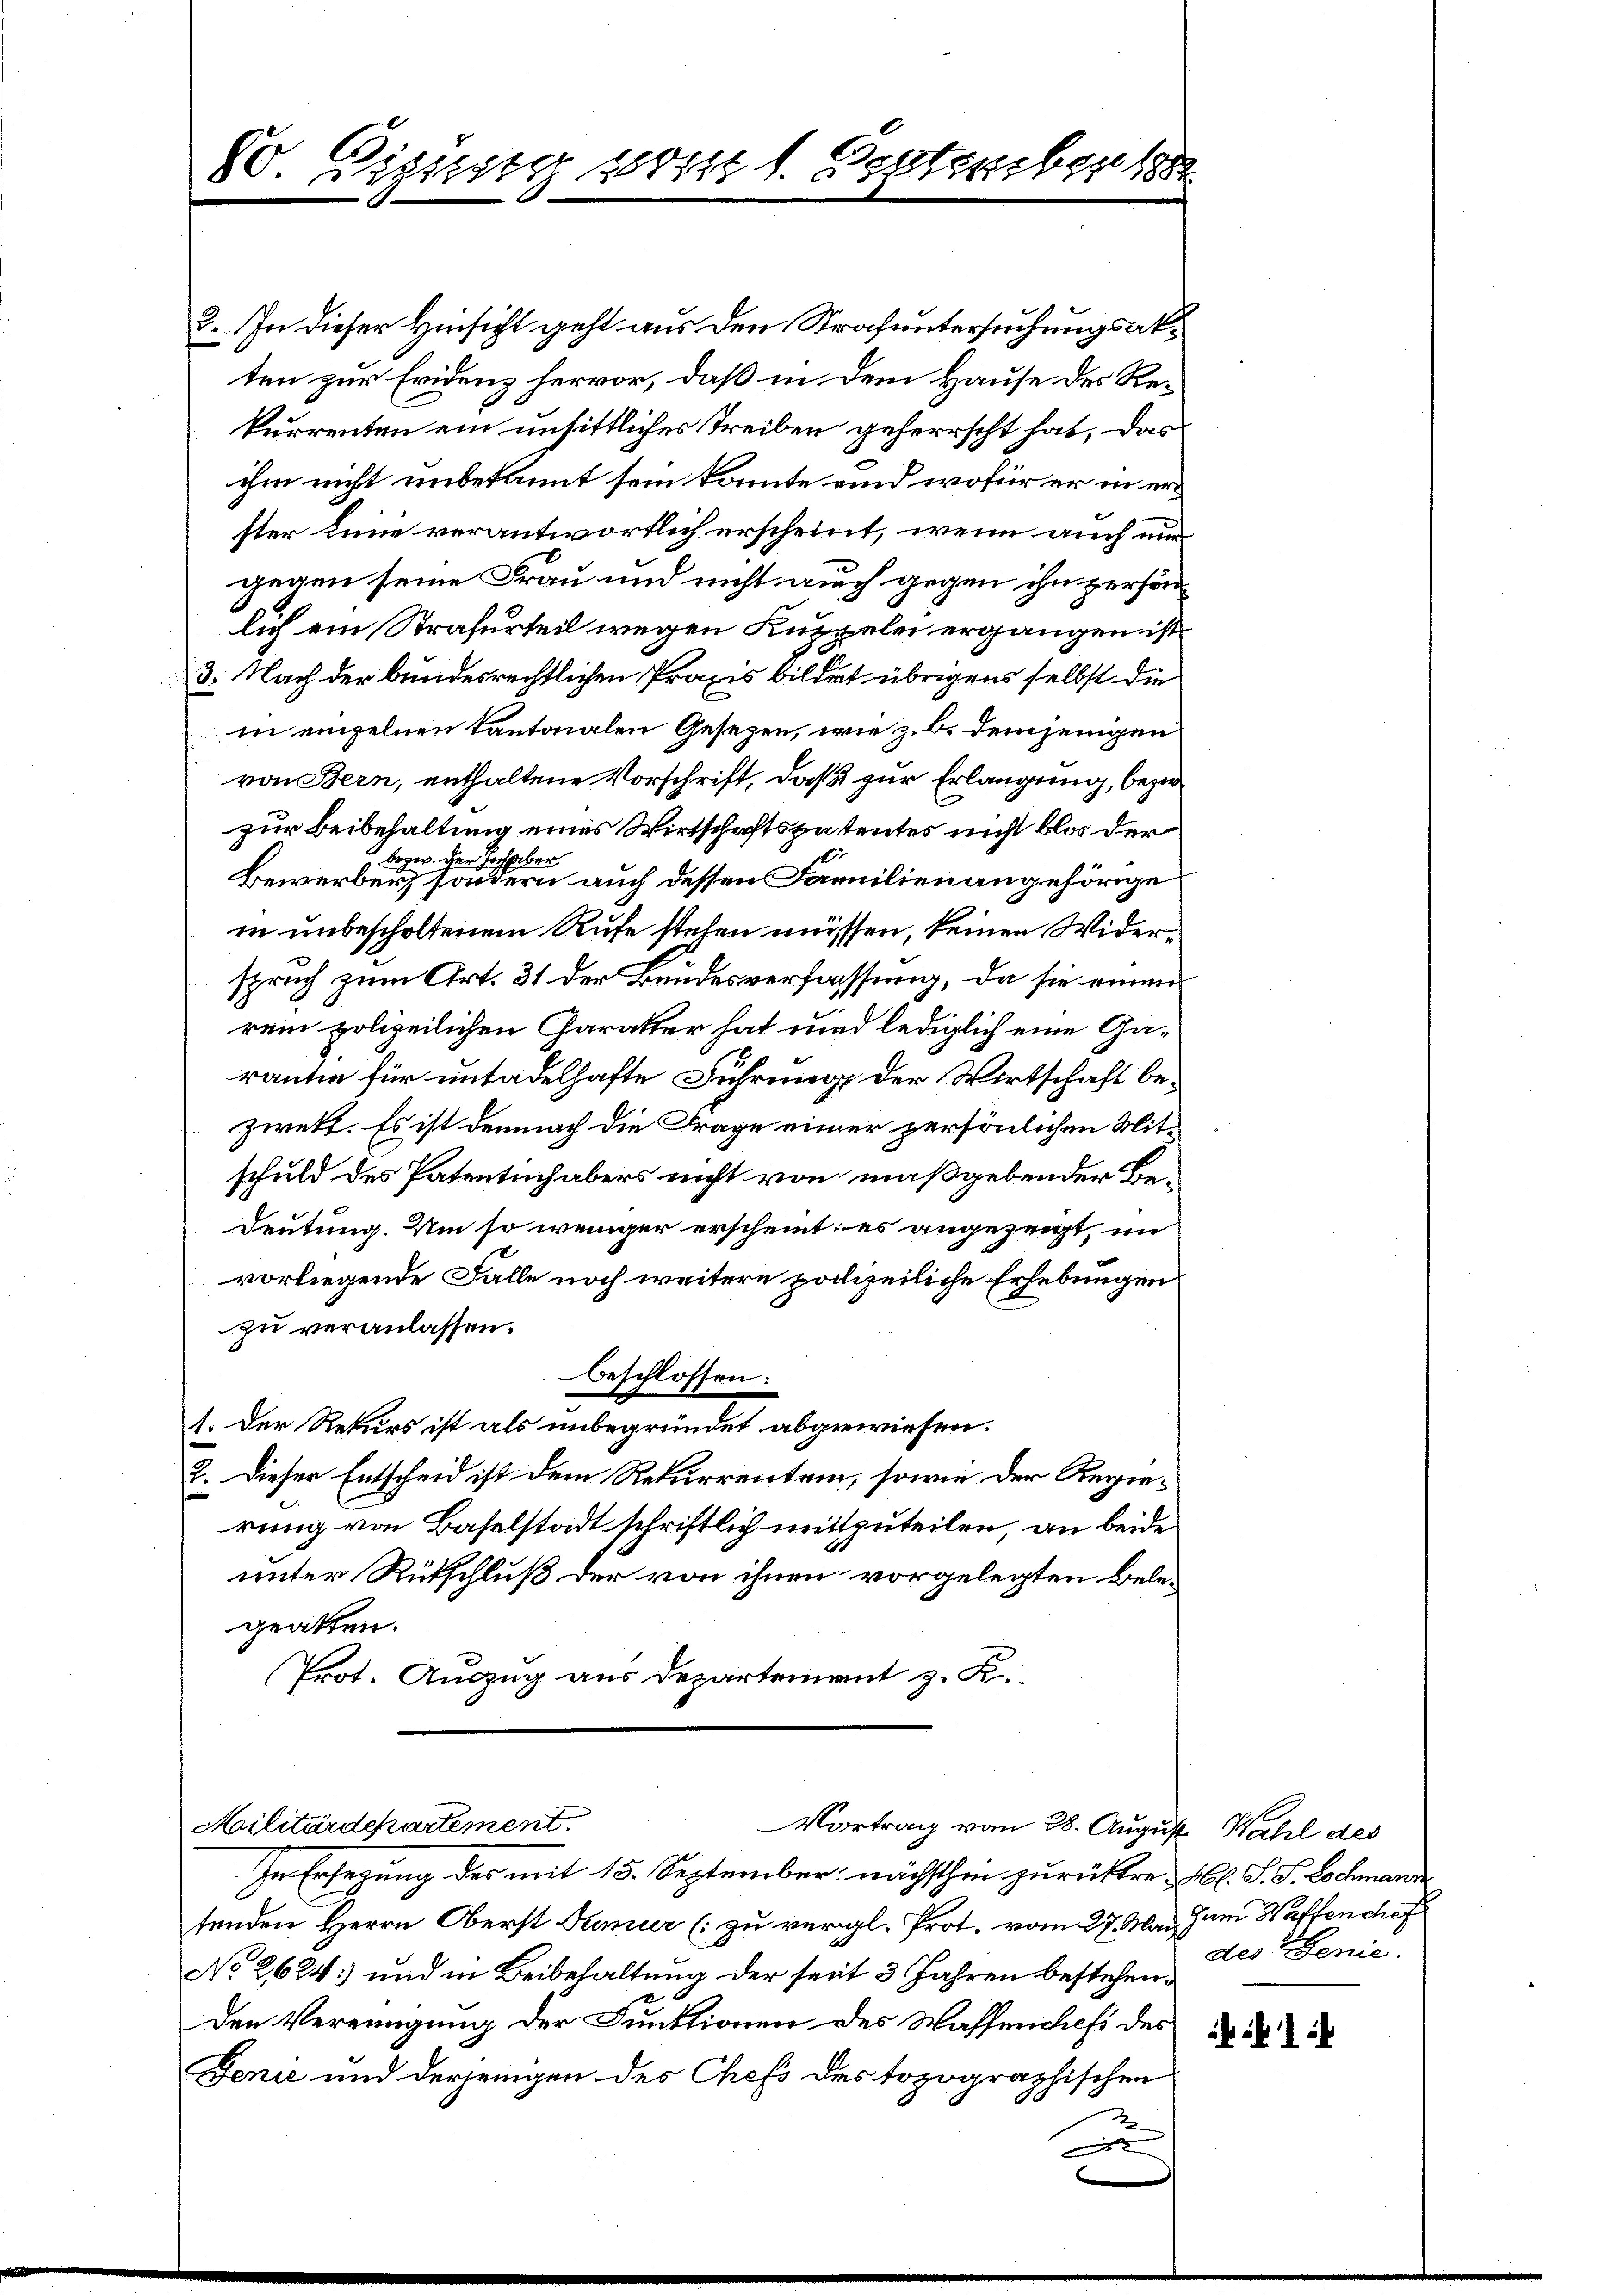
80. Signung vom 1. Septembert

2. In dieser Hinsicht geht aus den Strafuntersuchungsakten zur Evidenz hervor, daß in dem Hause des Rekurrenten ein unsittliches Treiben geherrscht hat, das
ihm nicht unbekannt sein konnte und wofür er in erster Linie verantwortlich erscheint, wenn auch nur
gegen seine Frau und nicht auch gegen ihn persön
lich ein Strafurteil wegen Kuppelei ergangen ist.
3. Nach der bundesrechtlichen Praxis bildet übrigens selbst die
in einzelnen tantonalen Gesezen, wie z. B. demjenigen
von Bern, enthaltene Vorschrift, daß zur Erlangung, bezirzur Beibehaltung eines Wirtschaftspatentes nicht blos der
bezw. der Hochber
Bewerben, sondern auch dessen Familien angehörige
in unbescholtenem Rufe stehen müssen, keinen Widerspruch zum Art. 31 der Bundesverfassung, da sie einen
rein polizeilichen Garakter hat und lediglich eine Garantin für untadelhafte Führung der Wirtschaft bezwekt. Es ist demnach die Frage einer persönlichen Mitschuld des Patentuch abers nicht von maßgebender Be¬
Deutung. Um so weniger erscheint; es angezeigt, im
vorliegende Falle noch weitere polizeiliche Erhebungen
zu veranlassen.
beschlossen:
1. Der Rekurs ist als unbegründet abgewiesen.
2. Dieser Entscheid ist dem Rekurrentem, sowie der Regierung von Baselstadt schriftlich mitzuteilen, an beide
unter Rütschluß der von ihnen vorgelegten Bele-
gealten.
Prot. Auszug aus Departement z. R.

Militärdepartement.
Vortrag vom 28. August Wahl des

In Ersetzung des mit 15. September nächsthin zurücktre l. J. P. Lochmann
tenden Herrn Oberst Tumier (zu vergl. Prot. vom 27. Mai Juni Waffenchef
No 2624) und in Beibehaltung der seit 3 Jahren bestehenden Vereinigung der Funktionen des Wassenchefs des
Jenie und derjenigen des Chefs des topographischen
A

des Genie.